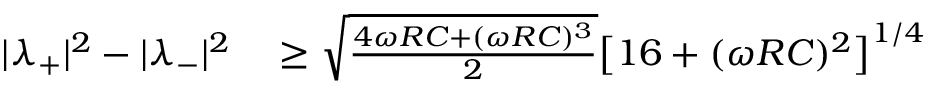
\begin{array} { r l } { | \lambda _ { + } | ^ { 2 } - | \lambda _ { - } | ^ { 2 } } & { { } \geq \sqrt { \frac { 4 \omega R C + ( \omega R C ) ^ { 3 } } { 2 } } \big [ 1 6 + ( \omega R C ) ^ { 2 } \big ] ^ { 1 / 4 } } \end{array}